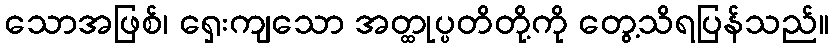
သောအဖြစ်၊ ရှေးကျသော အတ္ထုပ္ပတိတို့ကို တွေ့သိရပြန်သည်။